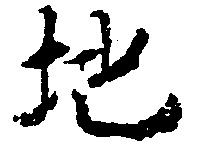
地